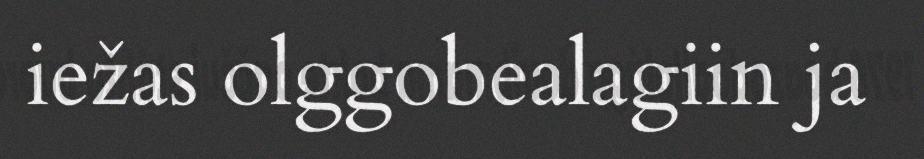
iežas olggobealagiin ja